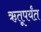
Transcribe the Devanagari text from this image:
ऋतूपर्यंत